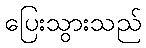
ပြေးသွားသည်